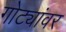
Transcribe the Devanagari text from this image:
गोट्यांवर